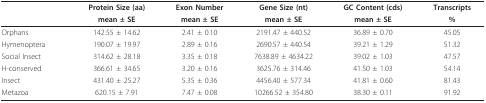
<table><thead><tr><td></td><td><b>Protein Size (aa)</b></td><td><b>Exon Number</b></td><td><b>Gene Size (nt)</b></td><td><b>GC Content (cds)</b></td><td><b>Transcripts</b></td></tr><tr><td></td><td><b>mean ± SE</b></td><td><b>mean ± SE</b></td><td><b>mean ± SE</b></td><td><b>mean ± SE</b></td><td><b>%</b></td></tr></thead><tbody><tr><td>Orphans</td><td>142.55 ± 14.62</td><td>2.41 ± 0.10</td><td>2191.47 ± 440.52</td><td>36.89 ± 0.70</td><td>45.05</td></tr><tr><td>Hymenoptera</td><td>190.07 ± 19.97</td><td>2.89 ± 0.16</td><td>2690.57 ± 440.54</td><td>39.21 ± 1.29</td><td>51.32</td></tr><tr><td>Social Insect</td><td>314.62 ± 28.18</td><td>3.35 ± 0.18</td><td>7638.89 ± 4634.22</td><td>39.02 ± 1.03</td><td>47.57</td></tr><tr><td>H-conserved</td><td>366.61 ± 34.65</td><td>3.20 ± 0.16</td><td>3625.76 ± 314.46</td><td>41.50 ± 1.03</td><td>54.14</td></tr><tr><td>Insect</td><td>431.40 ± 25.27</td><td>5.35 ± 0.36</td><td>4456.40 ± 577.34</td><td>41.81 ± 0.60</td><td>81.43</td></tr><tr><td>Metazoa</td><td>620.15 ± 7.91</td><td>7.47 ± 0.08</td><td>10266.52 ± 354.80</td><td>38.30 ± 0.11</td><td>91.92</td></tr></tbody></table>